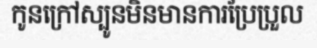
កូនក្រៅស្បូនមិនមានការប្រែប្រួល